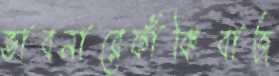
ভাবনারেফাঁকিবাজ